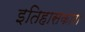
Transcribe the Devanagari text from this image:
इतिहासकारा